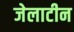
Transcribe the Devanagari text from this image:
जेलाटीन